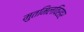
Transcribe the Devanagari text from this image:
मुतमिलविरहर